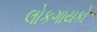
લોકગાયકો